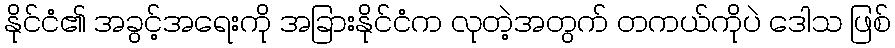
နိုင်ငံ၏ အခွင့်အရေးကို အခြားနိုင်ငံက လုတဲ့အတွက် တကယ်ကိုပဲ ဒေါသ ဖြစ်